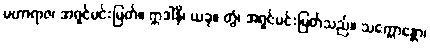
မဟာရာဇ၊ အရှင်မင်းမြတ်။ ဣဒါနိ၊ ယခု။ တွံ၊ အရှင်မင်းမြတ်သည်။ သက္ကောန္တော၊